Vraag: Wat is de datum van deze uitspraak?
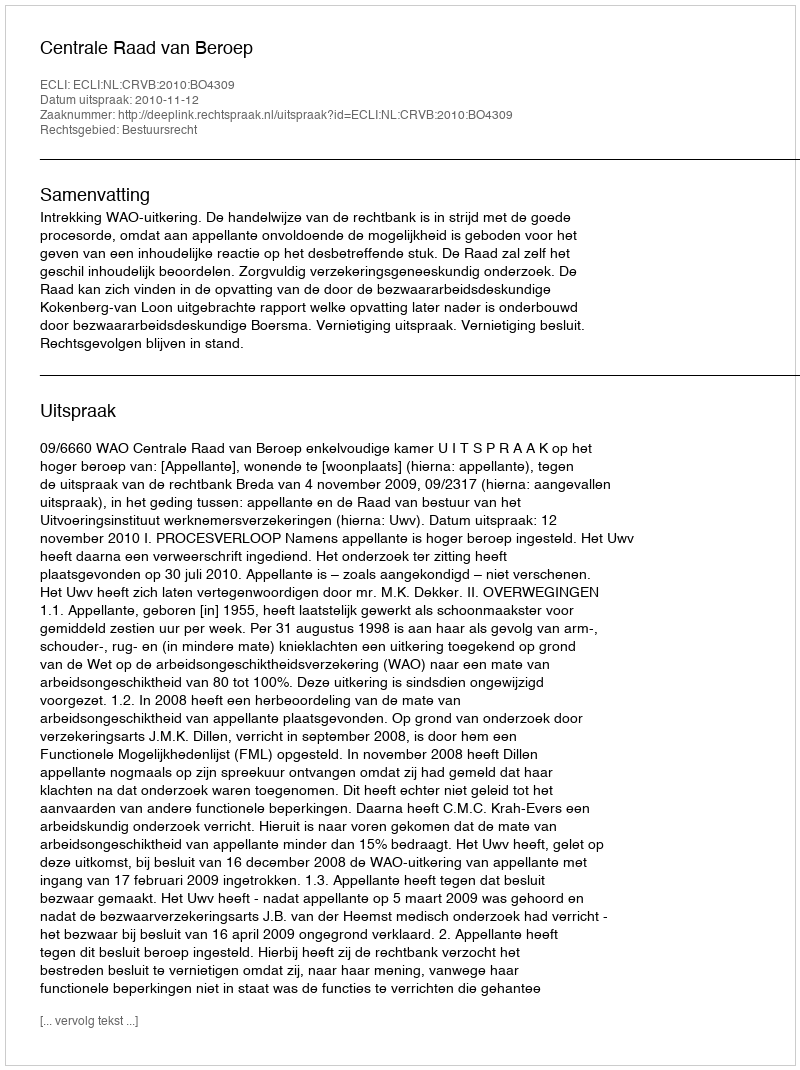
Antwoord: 2010-11-12